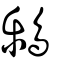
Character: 𪇱